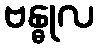
ဗန္ဓုလ